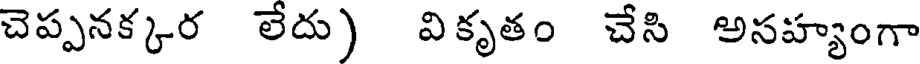
చెప్పనక్కర లేదు) వికృతం చేసి అసహ్యంగా